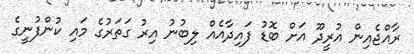
ރާއްޖެއިން އުރީދޫ އަށް ބޮޑު ފައިދާއެއް ލިބުނު އިރު ގަތަރުގެ މައި ކުންފުނީގެ